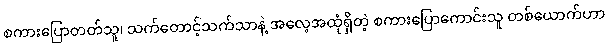
စကားပြောတတ်သူ၊ သက်တောင့်သက်သာနဲ့ အလေ့အထုံရှိတဲ့ စကားပြောကောင်းသူ တစ်ယောက်ဟာ